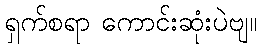
ရှက်စရာ ကောင်းဆုံးပဲဗျ။